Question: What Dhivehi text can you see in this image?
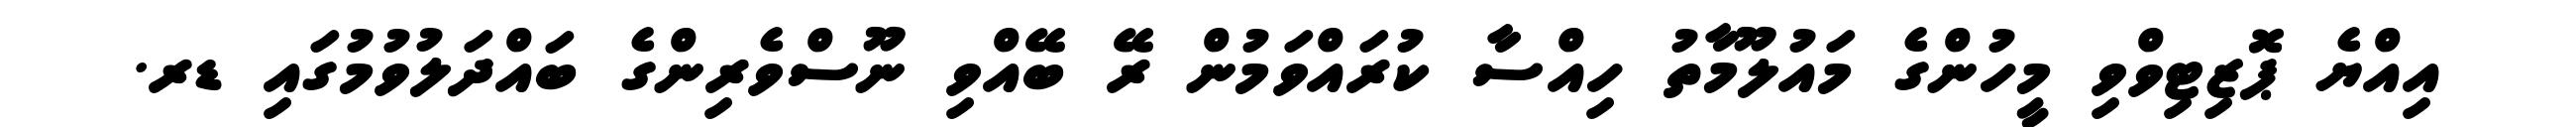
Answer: އިއްޔެ ޕޮޒިޓިވްވި މީހުންގެ މައުލޫމާތު ހިއްސާ ކުރައްވަމުން ރޭ ބޭއްވި ނޫސްވެރިންގެ ބައްދަލުވުމުގައި ޑރ.